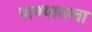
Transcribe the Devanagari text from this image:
पाण्यातला